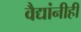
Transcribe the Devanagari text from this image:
वैद्यांनीही